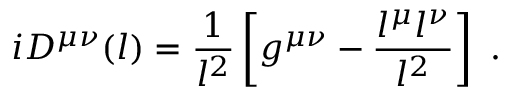
i D ^ { \mu \nu } ( l ) = \frac { 1 } { l ^ { 2 } } \left[ g ^ { \mu \nu } - \frac { l ^ { \mu } l ^ { \nu } } { l ^ { 2 } } \right] \ .